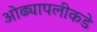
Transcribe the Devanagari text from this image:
ओढ्यापलीकडे